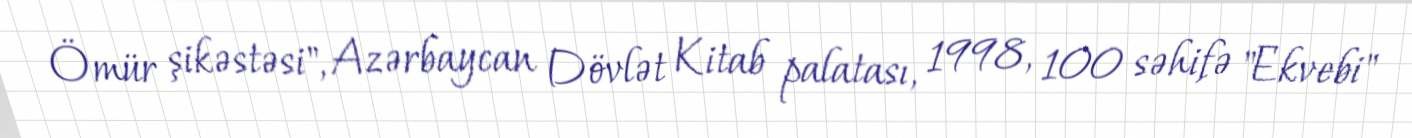
Ömür şikəstəsi", Azərbaycan Dövlət Kitab palatası, 1998, 100 səhifə "Ekvebi"